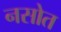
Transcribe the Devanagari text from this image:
नसोत